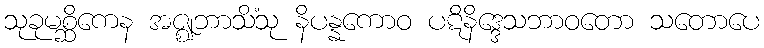
သုခုမစ္ဆိကေန အဇ္ဈဘာသိံသု နိပန္နကောဝ ပဋိနိဒ္ဒေသဘာဝတော သတောပေ